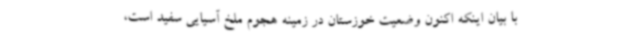
با بیان اینکه اکنون وضعیت خوزستان در زمینه هجوم ملخ آسیایی سفید است،